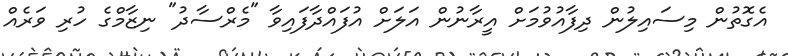
އެގޮތުން މިސައިލުން ދިފާއުވުމަށް އީރާނުން އަލަށް އުފައްދާފައިވާ "މެރްސާދު" ނިޒާމްގެ ހުރި ވަރެއް